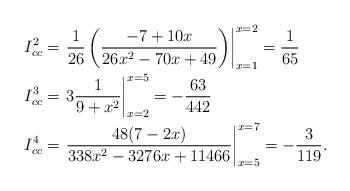
LaTeX: \begin{align*}I_{cc}^{2} & = \left.\frac{1}{26}\left(\frac{-7 + 10 x}{ 26x^2 - 70x + 49}\right)\right|_{x=1}^{x=2}= \frac{1}{65} \\I_{cc}^{3} & = \left.3\frac{1}{9+x^2}\right|_{x=2}^{x=5} = -\frac{63}{442} \\I_{cc}^{4} & = \left.\frac{48 (7 - 2 x)}{338 x^2 - 3276x + 11466}\right|_{x=5}^{x=7} = -\frac{3}{119}.\end{align*}